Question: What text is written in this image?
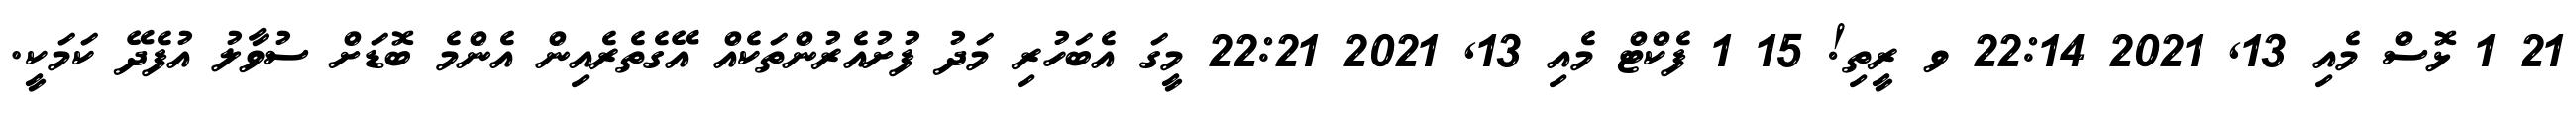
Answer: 21 1 ޅޮސް މެއި 13, 2021 22:14 ވ ރީތި! 15 1 ފެކްޓް މެއި 13, 2021 22:21 މީގަ އެބަހުރި މަދު ފުށުއެރުންތަކެއް އޭގެތެރެއިން އެންމެ ބޮޑަށް ސުވާލު އުފެދޭ ކަމަކީ.